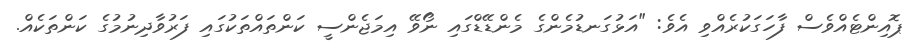
ޕޮއިންޓެއްވެސް ފާހަގަކުރެއްވި އެވެ: "އަޅުގަނޑުމެންގެ މެންޑޭޑްގައި ނޯވޭ އިމަޖެންސީ ކަންތައްތަކުގައި ފަރުވާދިނުމުގެ ކަންތަކެއް.